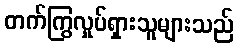
တက်ကြွလှုပ်ရှားသူများသည်